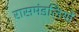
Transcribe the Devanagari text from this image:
रासमंडलियों